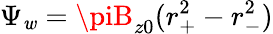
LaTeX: \Psi_{\mathit{w}}=\piB_{z0}(r_{+}^{2}-r_{-}^{2})